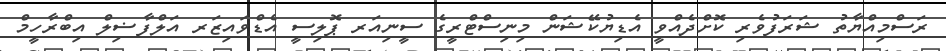
ރަސްމިއްޔާތު ޝަރަފުވެރި ކޮށްދެއްވީ އެޑިޔުކޭޝަން މިނިސްޓްރީގެ ސީނިއަރ ޕޮލިސީ އެޑްވައިޒަރ އަލްފާޟިލް އިބްރާހީމް